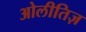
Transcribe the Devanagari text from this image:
ओलीतिज़